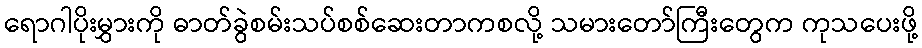
ရောဂါပိုးမွှားကို ဓာတ်ခွဲစမ်းသပ်စစ်ဆေးတာကစလို့ သမားတော်ကြီးတွေက ကုသပေးဖို့